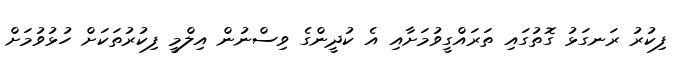
ފިކުރު ރަނގަޅު ގޮތުގައި ތަރައްގީވުމަށާއި އެ ކުދީންގެ ވިސްނުން އިލްމީ ފިކުރުތަކަށް ހުޅުވުމަށް